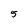
Character: 5